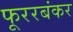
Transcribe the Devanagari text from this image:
फूररबंकर